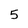
Character: 5